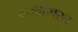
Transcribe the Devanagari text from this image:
वनवासरत्